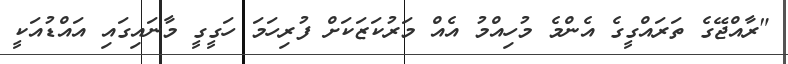
"ރާއްޖޭގެ ތަރައްގީގެ އެންމެ މުހިއްމު އެއް މަރުކަޒަކަށް ފުރިހަމަ ހަގީގީ މާނައިގައި އައްޑުއަކީ